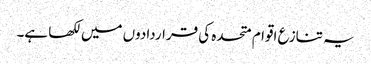
یہ تنازع اقوام متحدہ کی قراردادوں میں لکھا ہے۔